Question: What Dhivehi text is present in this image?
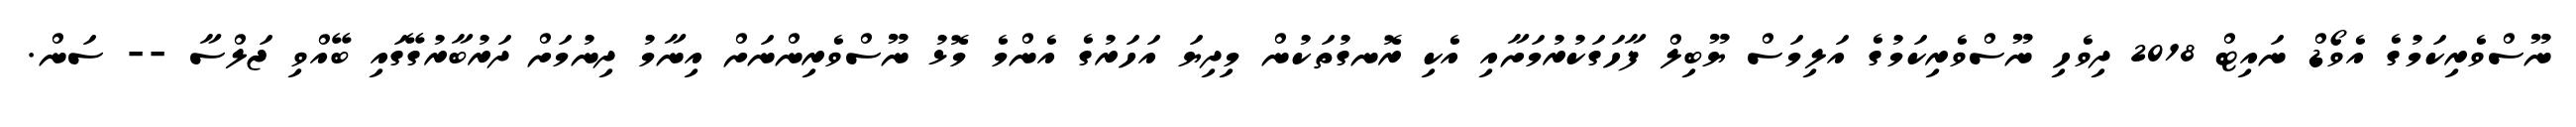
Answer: ނޫސްވެރިކަމުގެ އެވޯޑް ނައިޓް 2018 ދިވެހި ނޫސްވެރިކަމުގެ އަލިމަސް ޔޫބިލް ފާހަގަކުރުމަށާއި އެކި ރޮނގުތަކުން މިދިޔަ އަހަރުގެ އެންމެ މޮޅު ނޫސްވެރިންނަށް އިނާމު ދިނުމަށް ދަރުބާރުގޭގައި ބޭއްވި ޖަލްސާ -- ސަން.